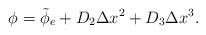
LaTeX: \begin{align*} \phi = \Tilde{\phi}_{e} + D_{2}\Delta x^{2} + D_{3}\Delta x^{3}.\end{align*}